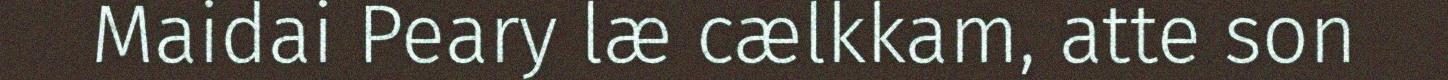
Maidai Peary læ cælkkam, atte son